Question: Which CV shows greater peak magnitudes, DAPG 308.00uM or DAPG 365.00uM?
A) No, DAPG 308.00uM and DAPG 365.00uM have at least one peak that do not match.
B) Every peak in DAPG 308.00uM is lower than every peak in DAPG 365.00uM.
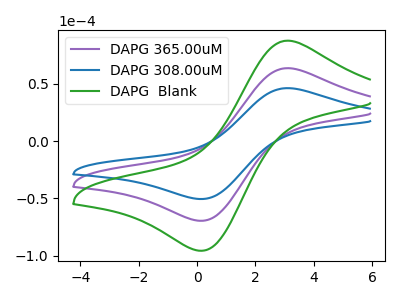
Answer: <think>The purple curve "DAPG 365.00uM" has an anodic peak at (3.15V, 63.75uA) and a cathodic peak at (0.05V, -69.45uA). The blue curve "DAPG 308.00uM" has an anodic peak at (3.15V, 46.35uA) and a cathodic peak at (0.05V, -50.45uA). The green curve "DAPG  Blank" has an anodic peak at (3.15V, 127.55uA) and a cathodic peak at (0.05V, -138.95uA).</think>
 <answer>B) Every peak in "DAPG 308.00uM" is lower than every peak in "DAPG 365.00uM".</answer>
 <eval>B</eval>